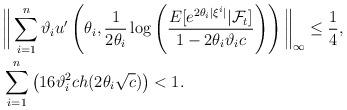
LaTeX: \begin{align*} &\bigg\|\sum_{i=1}^{n}\vartheta_iu'\left(\theta_i,\frac{1}{2\theta_i}\log\left(\frac{E[e^{2\theta_i|\xi^i|}|\mathcal{F}_t]}{1-2\theta_i\vartheta_ic}\right)\right)\bigg\|_{\infty}\leq\frac{1}{4},\\ &\sum_{i=1}^{n}\left(16\vartheta_i^2ch(2\theta_i\sqrt{c})\right)<1. \end{align*}